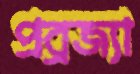
প্রব্রজ্যা